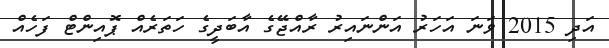
އަދި 2015 ވަނަ އަހަރު އަންނައިރު ރާއްޖޭގެ އާބަދީގެ ހަތަރެއް ޕޮއިންޓް ފަހެއް